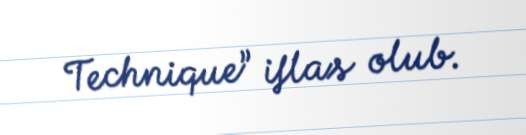
Technique” iflas olub.